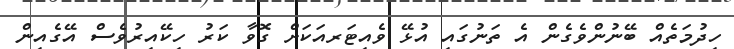
ހިދުމަތެއް ބޭނުންވެގެން އެ ތަނުގައި އުޅޭ ވެއިޓަރއަކަށް ގޮވާ ކަރު ހިކޭއިރުވެސް އޭގެއިން